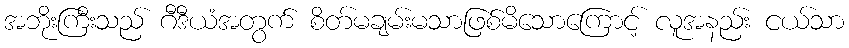
အဘိုးကြီးသည် ဂီဒီယံအတွက် စိတ်မချမ်းမသာဖြစ်မိသောကြောင့် လူအနည်း ငယ်သာ